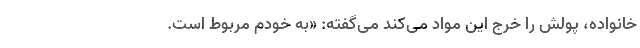
خانواده، پولش را خرج این مواد می‌کند می‌گفته: «به خودم مربوط است.